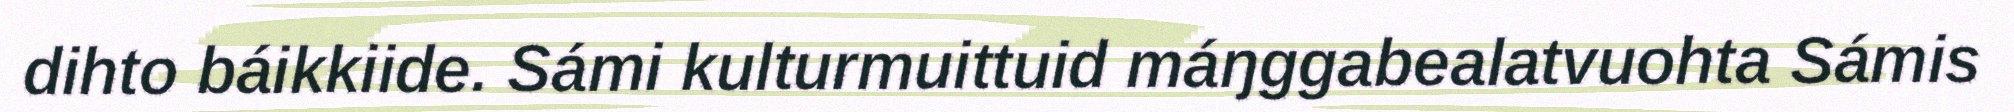
dihto báikkiide. Sámi kulturmuittuid máŋggabealatvuohta Sámis